Indian journal of veterinary science and animal husbandry - Volume 8,
Year: 1938
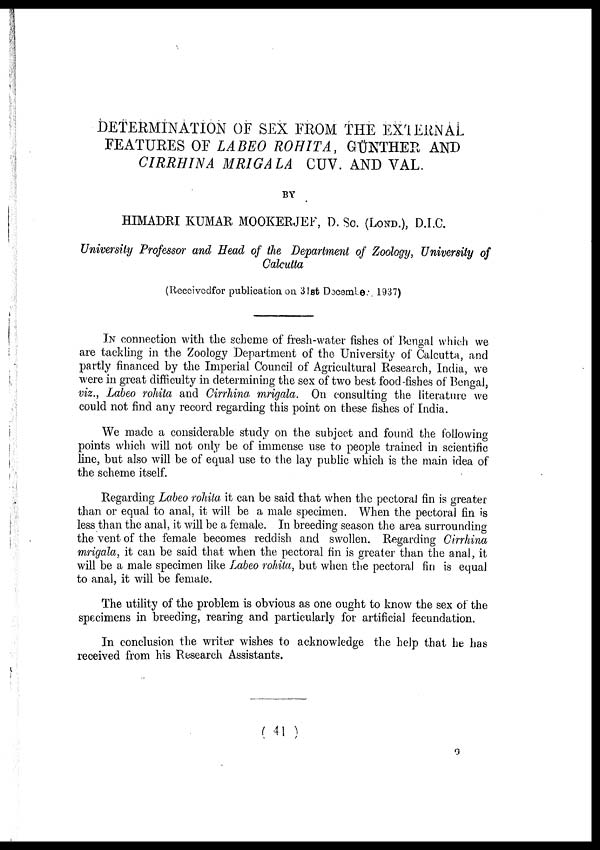
DETERMINATION OF SEX FROM THE EXTERNAL
FEATURES OF LABEO ROHITA, GÜNTHER AND
CIRRHINA MRIGALA CUV. AND VAL.
BY
HIMADRI KUMAR MOOKERJEE, D. Sc. (LOND.), D.I.C.
University Professor and Head of the Department of Zoology, University of
Calcutta
(Received for publication on 31st December 1937)
IN connection with the scheme of fresh-water fishes of Bengal which we
are tackling in the Zoology Department of the University of Calcutta, and
partly financed by the Imperial Council of Agricultural Research, India, we
were in great difficulty in determining the sex of two best food-fishes of Bengal,
viz., Labeo rohita and Cirrhina mrigala. On consulting the literature we
could not find any record regarding this point on these fishes of India.
We made a considerable study on the subject and found the following
points which will not only be of immense use to people trained in scientific
line, but also will be of equal use to the lay public which is the main idea of
the scheme itself.
Regarding Labeo rohita it can be said that when the pectoral fin is greater
than or equal to anal, it will be a male specimen. When the pectoral fin is
less than the anal, it will be a female. In breeding season the area surrounding
the vent of the female becomes reddish and swollen. Regarding Cirrhina
mrigala, it can be said that when the pectoral fin is greater than the anal, it
will be a male specimen like Labeo rohita, but when the pectoral fin is equal
to anal, it will be female.
The utility of the problem is obvious as one ought to know the sex of the
specimens in breeding, rearing and particularly for artificial fecundation.
In conclusion the writer wishes to acknowledge the help that he has
received from his Research Assistants.
( 41 )